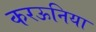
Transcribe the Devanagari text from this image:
करऊनिया